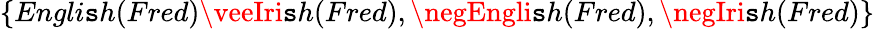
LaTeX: \{ Engli\mathtt{s}h(Fred)\veeIri\mathtt{s}h(Fred),\negEngli\mathtt{s}h(Fred),\negIri\mathtt{s}h(Fred)\}